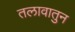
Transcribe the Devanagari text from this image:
तलावातुन